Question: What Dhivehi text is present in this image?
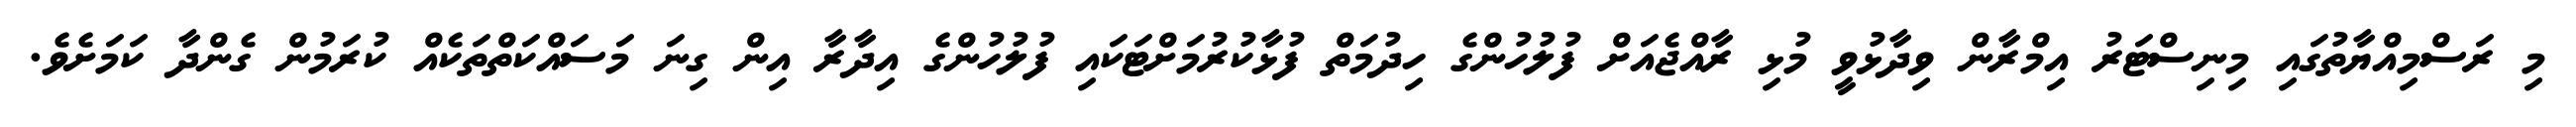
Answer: މި ރަސްމިއްޔާތުގައި މިނިސްޓަރު އިމްރާން ވިދާޅުވީ މުޅި ރާއްޖެއަށް ފުލުހުންގެ ހިދުމަތް ފުޅާކުރުމަށްޓަކައި ފުލުހުންގެ އިދާރާ އިން ގިނަ މަސައްކަތްތަކެއް ކުރަމުން ގެންދާ ކަމަށެވެ.